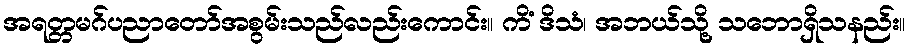
အရတ္တမဂ်ပညာတော်အစွမ်းသည်လည်းကောင်း။ ကိံ ဒိသံ၊ အဘယ်သို့ သဘောရှိသနည်း။